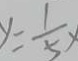
y = \frac { 1 } { 5 } x